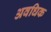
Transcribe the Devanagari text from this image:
अवधिक